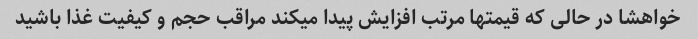
خواهشا در حالی که قیمتها مرتب افزایش پیدا میکند مراقب حجم و کیفیت غذا باشید